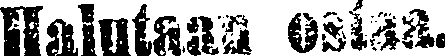
Halutaan ostaa.